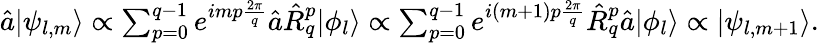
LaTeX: \begin{array}{r}{\hat{a}|\psi_{l,m}\rangle\propto\sum_{p=0}^{q-1}e^{imp\frac{2\pi}{q}}\hat{a}\hat{R}_{q}^{p}|\phi_{l}\rangle\propto\sum_{p=0}^{q-1}e^{i(m+1)p\frac{2\pi}{q}}\hat{R}_{q}^{p}\hat{a}|\phi_{l}\rangle\propto|\psi_{l,m+1}\rangle.}\end{array}